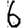
Digit: 6